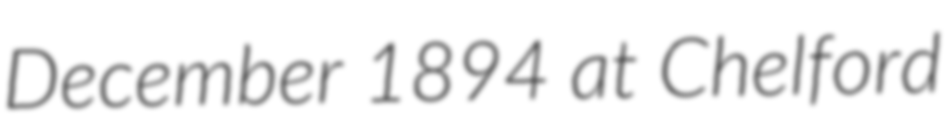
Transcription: December 1894 at Chelford